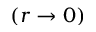
\left( r \rightarrow 0 \right)